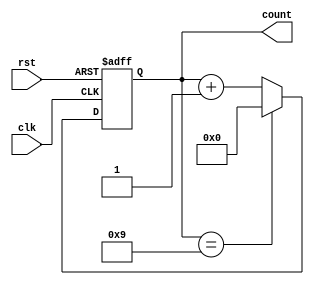
module BCD_Counter (
    input wire clk,
    input wire rst,
    output reg [3:0] count
);

always @(posedge clk or posedge rst) begin
    if (rst) begin
        count <= 4'b0;
    end else begin
        if (count == 4'b1001) begin
            count <= 4'b0;
        end else begin
            count <= count + 1;
        end
    end
end

endmodule